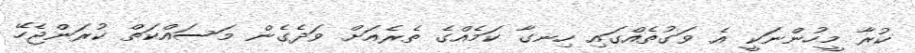
ކުރާ މީހުންނަކީ އެ ވަގުތެއްގައި ހިނގާ ކަމެއްގެ ތެރެއަށް ވަދެގެން މަސައްކަތް ކުރަންޖެހޭ